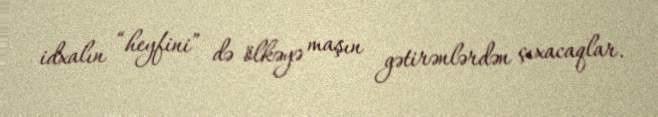
idxalın “heyfini” də ölkəyə maşın gətirənlərdən çıxacaqlar.